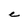
Character: C